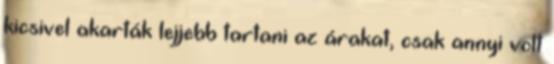
kicsivel akarták lejjebb tartani az árakat, csak annyi volt